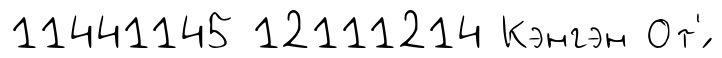
11441145 12111214 Кэнгэн От'́